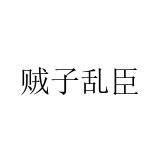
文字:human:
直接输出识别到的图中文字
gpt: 贼子乱臣